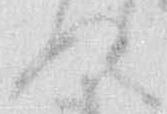
ぬ